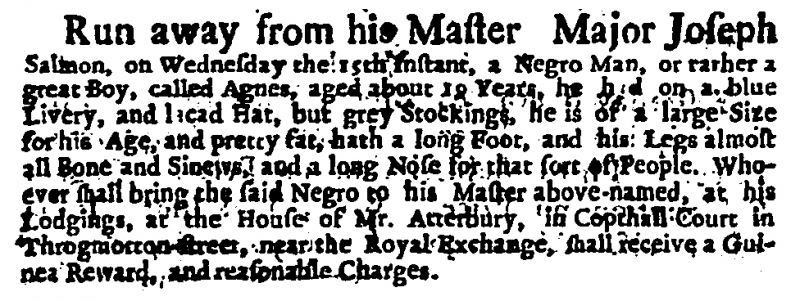
Daily Courant, 17 March 1721 (England)
Run away from his Master Major Joseph Salmon, on Wednesday the 15th Instant, a Negro Man, or rather a great Boy, called Agnes, aged about 19 Years, he had on a blue Livery and laced Hat, but grey Stockings, he is of a large Size for his Age, and pretty fat, hath a long Foot, and his Legs almost all Bone and Sinews, and a long Nose for that sort of People. Whoever shall bring the said Negro to his Master above-named, at his Lodgings, at the House of Mr. Atterbury, in Copthall Court in Throgmorton-street, near the Royal Exchange, shall receive a Guinea Reward, and reasonable Charges.